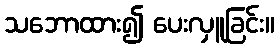
သဘောထား၍ ပေးလှူခြင်း။